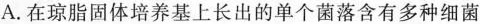
A.在琼脂固体培养基上长出的单个菌落含有多种细菌